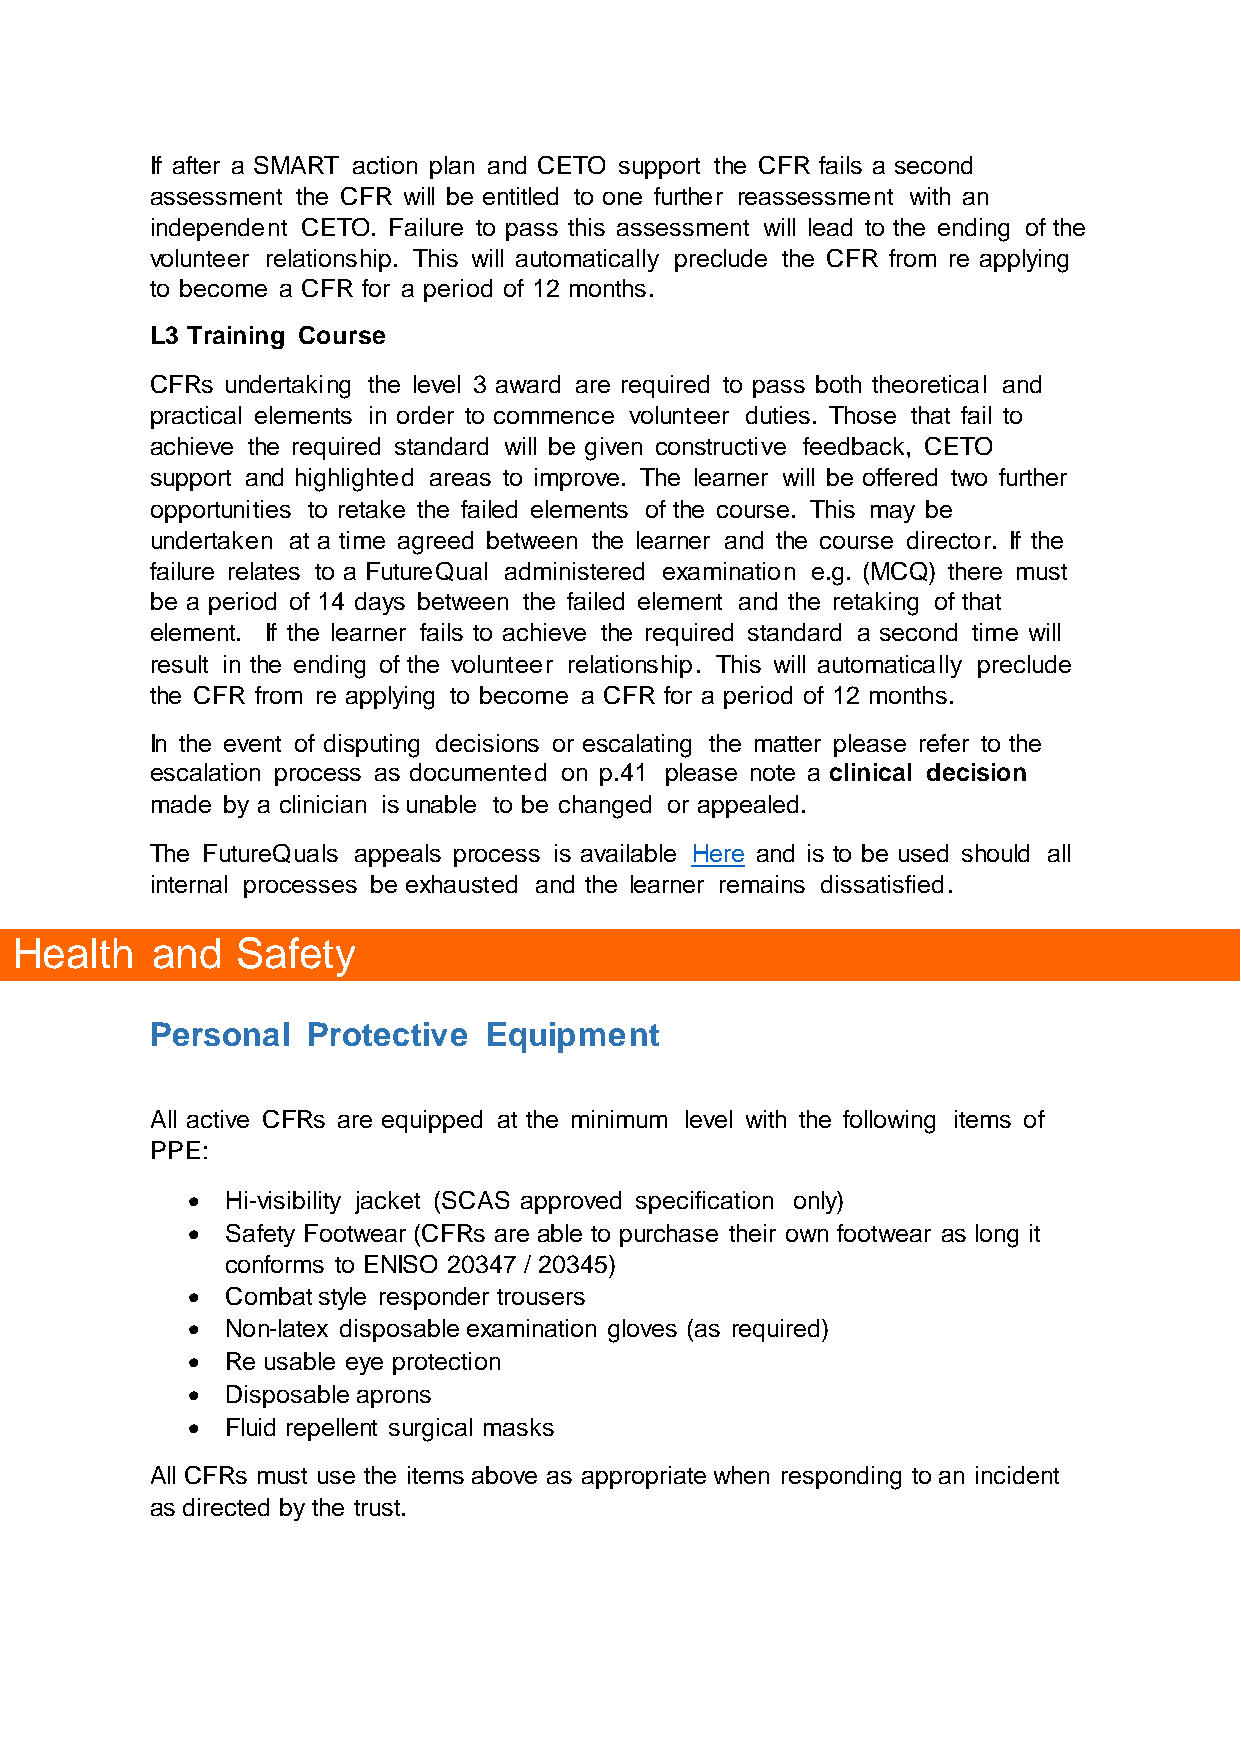
If after a SMART action plan and CETO support the CFR fails a second
 assessment the CFR will be entitled to one further reassessment with an
 independent CETO. Failure to pass this assessment will lead to the ending of the
 volunteer relationship. This will automatically preclude the CFR from re applying
 to become a CFR for a period of 12 months.
 L3 Training Course
 CFRs undertaking the level 3 award are required to pass both theoretical and
 practical elements in order to commence volunteer duties. Those that fail to
 achieve the required standard will be given constructive feedback, CETO
 support and highlighted areas to improve. The learner will be offered two further
 opportunities to retake the failed elements of the course. This may be
 undertaken at a time agreed between the learner and the course director. If the
 failure relates to a FutureQual administered examination e.g. (MCQ) there must
 be a period of 14 days between the failed element and the retaking of that
 element. If the learner fails to achieve the required standard a second time will
 result in the ending of the volunteer relationship. This will automatically preclude
 the CFR from re applying to become a CFR for a period of 12 months.
 In the event of disputing decisions or escalating the matter please refer to the
 escalation process as documented on p.41 please note a clinical decision
 made by a clinician is unable to be changed or appealed.
 The FutureQuals appeals process is available Here and is to be used should all
 internal processes be exhausted and the learner remains dissatisfied.
 Health   and   Safety
 Personal  Protective  Equipment
 All active CFRs are equipped at the minimum level with the following items of
 PPE:
   Hi-visibility jacket (SCAS approved specification only)
   Safety Footwear (CFRs are able to purchase their own footwear as long it
 conforms to ENISO 20347 / 20345)
   Combat style responder trousers
   Non-latex disposable examination gloves (as required)
   Re usable eye protection
   Disposable aprons
   Fluid repellent surgical masks
 All CFRs must use the items above as appropriate when responding to an incident
 as directed by the trust.